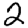
Digit: 2